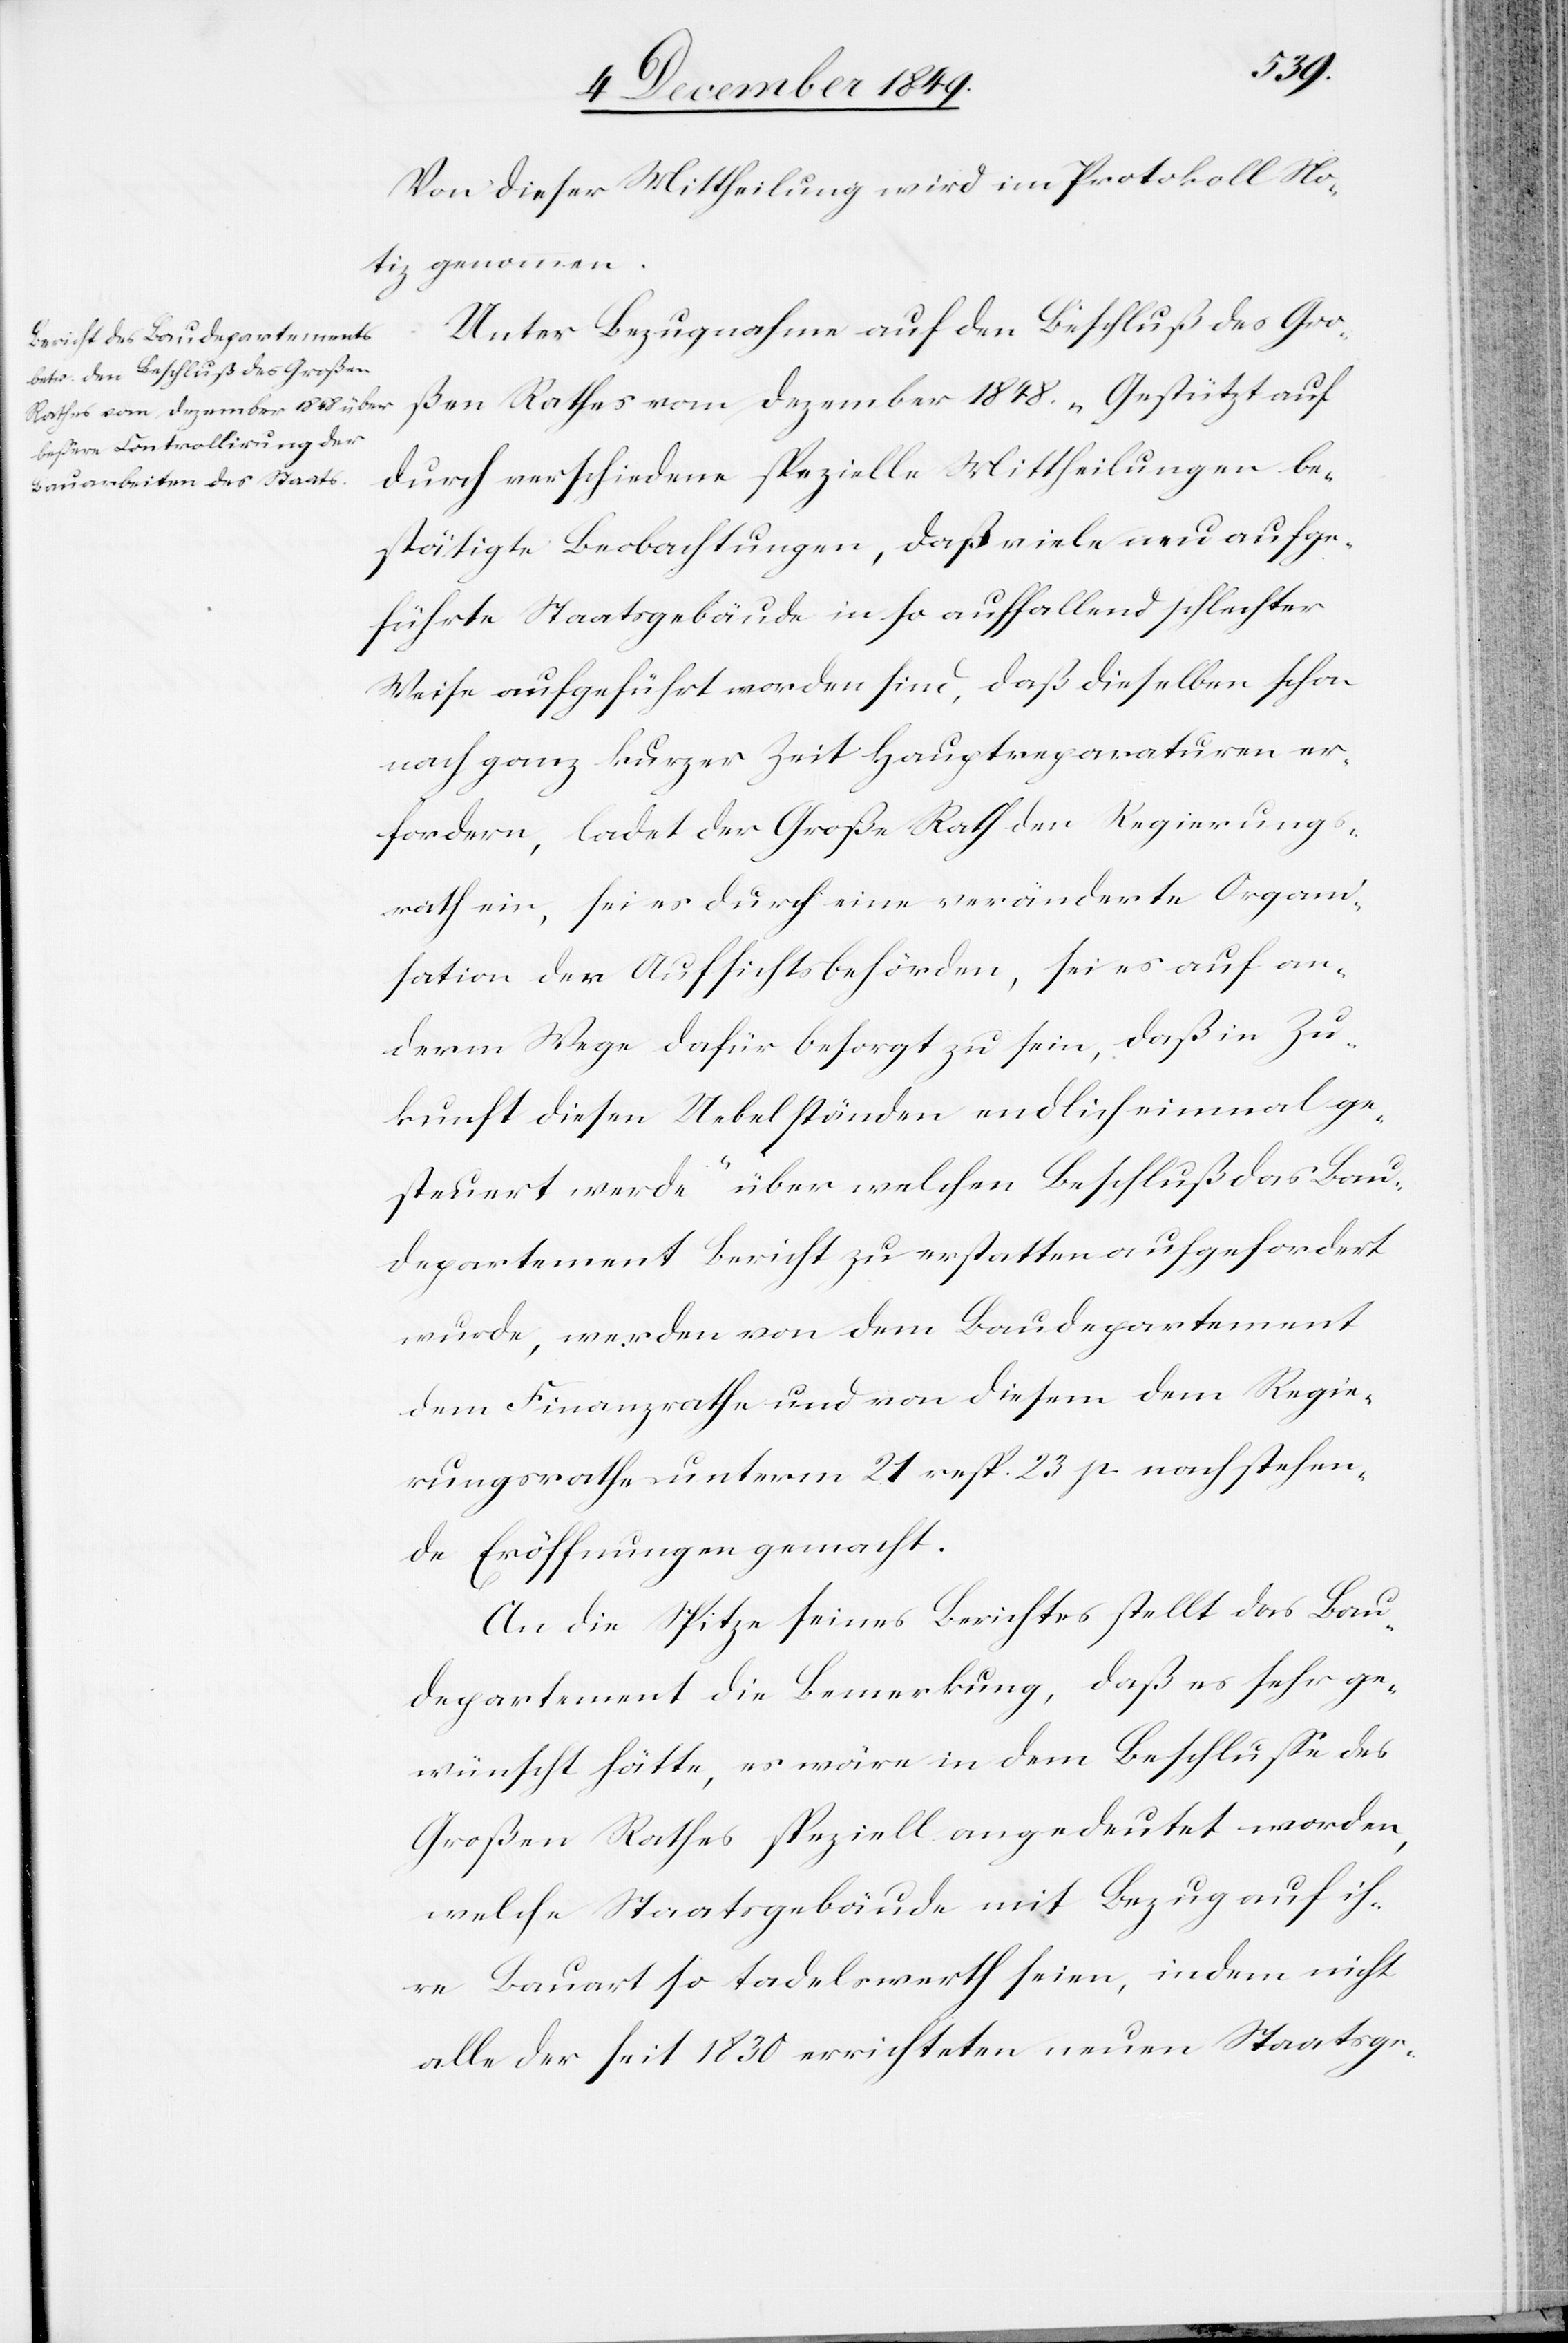
Von dieser Mittheilung wird im Protokoll No¬
tiz genommen.
Unter Bezugnahme auf den Beschluß des Gro¬
ßen Rathes vom Dezember 1848. „Gestützt auf
durch verschiedene spezielle Mittheilungen be¬
stätigte Beobachtungen, daß viele neu aufge¬
führte Staatsgebäude in so auffallend schlechter
Weise aufgeführt worden sind, daß dieselben schon
nach ganz kurzer Zeit Hauptreparaturen er¬
fordern, ladet der Große Rath den Regierungs¬
rath ein, sei es durch eine veränderte Organi¬
sation der Aufsichtsbehörden, sei es auf an¬
derm Wege dafür besorgt zu sein, daß in Zu¬
kunft diesen Uebelständen endlich einmal ge¬
steuert werde“ über welchen Beschluß das Bau¬
departement Bericht zu erstatten aufgefordert
wurde, werden von dem Baudepartement
dem Finanzrathe und von diesem dem Regie¬
rungsrathe unterm 21 resp. 23 p. nachstehen¬
de Eröffnungen gemacht.
An die Spitze seines Berichtes stellt das Bau¬
departement die Bemerkung, daß es sehr ge¬
wünscht hätte, es wäre in dem Beschluß des
Großen Rathes speziell angedeutet worden,
welche Staatsgebäude mit Bezug auf ih¬
re Bauart so tadelswerth seien, indem nicht
alle der seit 1830 errichteten neuen Staatsge-